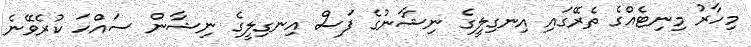
މިހާރު މިނިޓެއްގެ ތެރޭގައި އިނގިލީގެ ނިޝާނުގެ ފަސް އިނގިލީގެ ނިޝާން ސައްހަ ކުރެވޭނެ